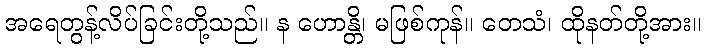
အရေတွန့်လိပ်ခြင်းတို့သည်။ န ဟောန္တိ၊ မဖြစ်ကုန်။ တေသံ၊ ထိုနတ်တို့အား။